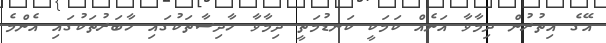
އޭގެ އިތުރުން ދިމާވާ އަނެއް ކަމަކީ ކަނޑުމަތީ ދިމާވާ ހާދިސާތަކުގައި ހާބަރުތަކުގައި އެންމެ